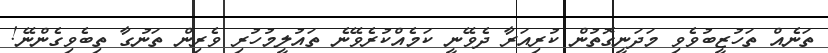
ތަނެއް ތަހުޒީބުވެވި މަދަނީގޮތުން ކުރިއަރާ ދެވޭނީ ކަމެއްކުރެވޭނެ ތައުލީމުހުރި ވެރިން ތަނުގާ ތިބެވިގެންނޭ!